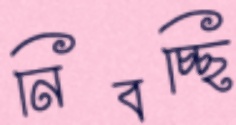
নিবচ্ছি